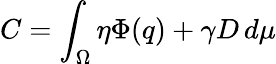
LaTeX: C=\int_{\Omega}\eta\Phi(q)+\gamma D\, d\mu